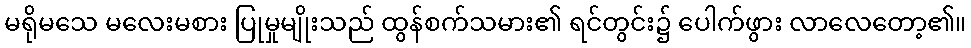
မရိုမသေ မလေးမစား ပြုမှုမျိုးသည် ထွန်စက်သမား၏ ရင်တွင်း၌ ပေါက်ဖွား လာလေတော့၏။